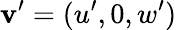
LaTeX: {\mathbf v}^{\prime}=(u^{\prime},0,w^{\prime})